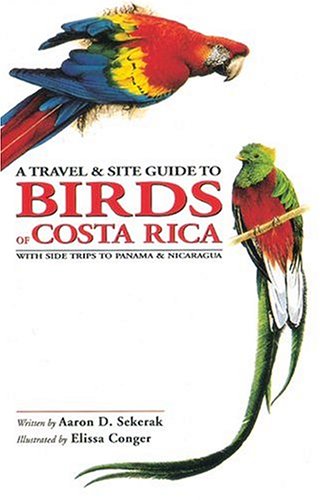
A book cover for A Travel and Site Guide to Birds of Costa Rica: With Side Trips to Panama and Nicaragua; Aaron D. Sekerak; Travel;